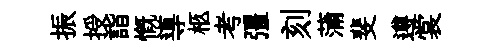
振授詣慨導柩考彊刻蒲斐遵裳